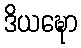
ဒိယဍ္ဎော